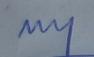
Signature authenticity: genuine